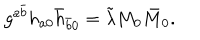
g ^ { a \bar { b } } h _ { a 0 } \bar { h } _ { \bar { b } 0 } = \tilde { \lambda } M _ { 0 } \bar { M } _ { 0 } .